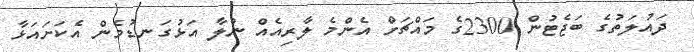
ދައުލަތުގެ ބަޖެޓުން 2300ގެ މައްޗަށް އެންމެ ލާރިއެއް ނުލާ އަޅުގަނޑުމެން އެކަށައަޅާ